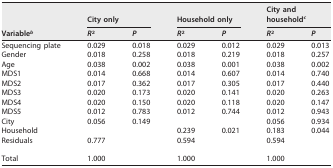
| <ROWSPAN=2> Variableb | <COLSPAN=2> City only | <COLSPAN=2> Household only | <COLSPAN=2> City and householdc |
 | R2 | P | R2 | P | R2 | P |
 | --- | --- | --- | --- | --- | --- | --- |
 | Sequencing plate | 0.029 | 0.018 | 0.029 | 0.012 | 0.029 | 0.013 |
 | Gender | 0.018 | 0.258 | 0.018 | 0.219 | 0.018 | 0.257 |
 | Age | 0.038 | 0.002 | 0.038 | 0.001 | 0.038 | 0.002 |
 | MDS1 | 0.014 | 0.668 | 0.014 | 0.607 | 0.014 | 0.740 |
 | MDS2 | 0.017 | 0.362 | 0.017 | 0.305 | 0.017 | 0.440 |
 | MDS3 | 0.020 | 0.173 | 0.020 | 0.141 | 0.020 | 0.263 |
 | MDS4 | 0.020 | 0.150 | 0.020 | 0.118 | 0.020 | 0.147 |
 | MDS5 | 0.012 | 0.783 | 0.012 | 0.744 | 0.012 | 0.943 |
 | City | 0.056 | 0.149 |  |  | 0.056 | 0.934 |
 | Household |  |  | 0.239 | 0.021 | 0.183 | 0.044 |
 | Residuals | 0.777 |  | 0.594 |  | 0.594 |  |
 | Total | 1.000 |  | 1.000 |  | 1.000 |  |